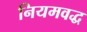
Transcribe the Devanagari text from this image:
नियमवद्ध